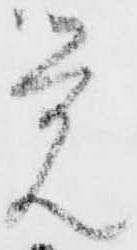
覚